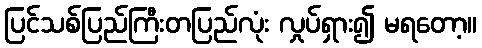
ပြင်သစ်ပြည်ကြီးတပြည်လုံး လှုပ်ရှား၍ မရတော့။